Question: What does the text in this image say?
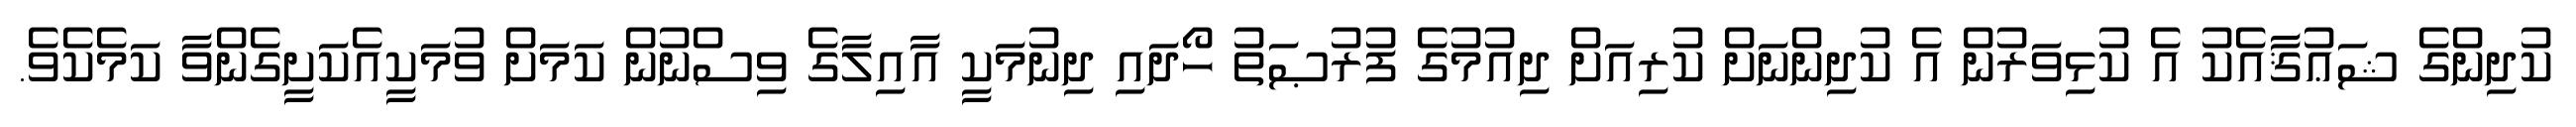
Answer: ކުދިންގެ ޝަޢުޤާއެކު އެ ކުޅިވަރުން އެ ކުދިންނަށް ކުރިއަށް ދިއުމުގެ ފުރުޞަތު ހޯދައި ދިނުމަކީ އާއިލާގެ ވިސްނުން ކަމަށް ވުމަކީއެކަށީގެންވާ ކަމެކެވެ.